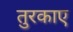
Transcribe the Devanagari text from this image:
तुरकाए